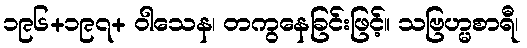
၁၉၆+၁၉၇+ ဝါသေန၊ တကွနေခြင်းဖြင့်။ သဗြဟ္မစာရီ၊